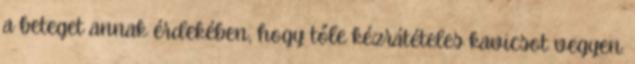
a beteget annak érdekében, hogy tőle kézrátételes kavicsot vegyen.